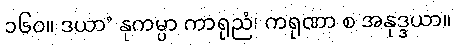
၁၆၀။ ဒယာ’ နုကမ္ပာ ကာရုညံ၊ ကရုဏာ စ အနုဒ္ဒယာ။